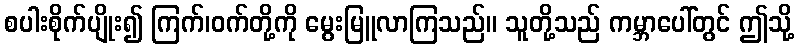
စပါးစိုက်ပျိုး၍ ကြက်၊ဝက်တို့ကို မွေးမြူလာကြသည်။ သူတို့သည် ကမ္ဘာပေါ်တွင် ဤသို့